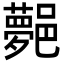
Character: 𨞯